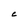
Character: C